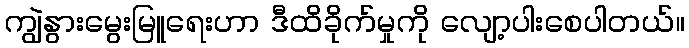
ကျွဲနွားမွေးမြူရေးဟာ ဒီထိခိုက်မှုကို လျော့ပါးစေပါတယ်။